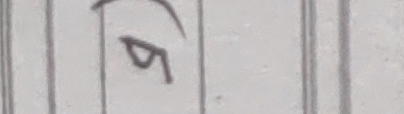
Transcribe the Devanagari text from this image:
ढु)